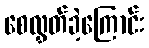
စေလွှတ်ခဲ့ကြောင်း